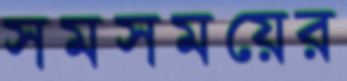
সমসময়ের